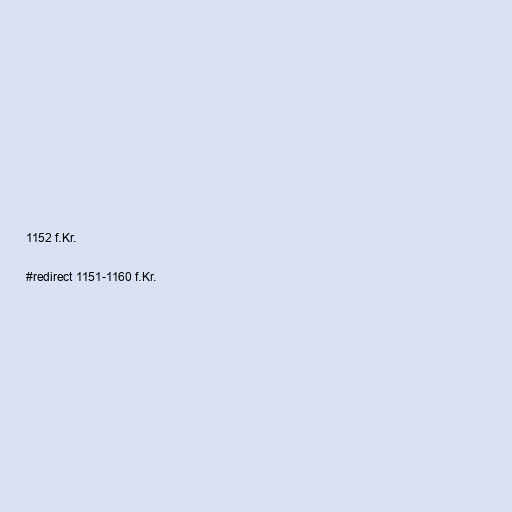
1152 f.Kr.

#redirect 1151-1160 f.Kr.